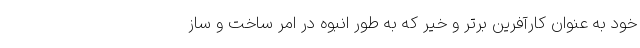
خود به عنوان کارآفرین برتر و خیر که به طور انبوه در امر ساخت و ساز